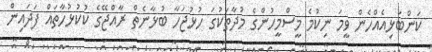
ކަންބަޅިއެއްހެން ވީމަ ނިކުމެ މީސްމީހުންގެ މުދާތަކުގަ ހުޅުޖަހާ ބުޅާނެތް ރާއްޖޭގެ ކުކުޅުހާތައް ފަދައިން